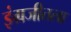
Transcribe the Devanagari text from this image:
इंग्रजीतला